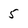
Character: 5